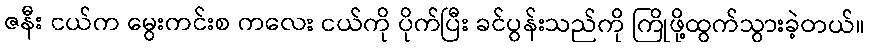
ဇနီး ငယ်က မွေးကင်းစ ကလေး ငယ်ကို ပိုက်ပြီး ခင်ပွန်းသည်ကို ကြိုဖို့ထွက်သွားခဲ့တယ်။